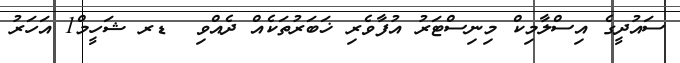
ސައުދީގެ އިސްލާމިކް މިނިސްޓަރު އުފާވެރި ޚަބަރުތަކެއް ދެއްވި  ޑރ ޝަހީމް1 އަހަރު